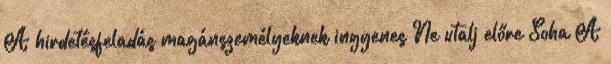
A hirdetésfeladás magánszemélyeknek ingyenes Ne utalj előre Soha A